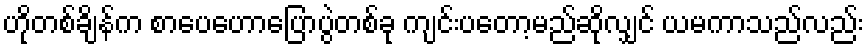
ဟိုတစ်ချိန်က စာပေဟောပြောပွဲတစ်ခု ကျင်းပတော့မည်ဆိုလျှင် ယမကာသည်လည်း